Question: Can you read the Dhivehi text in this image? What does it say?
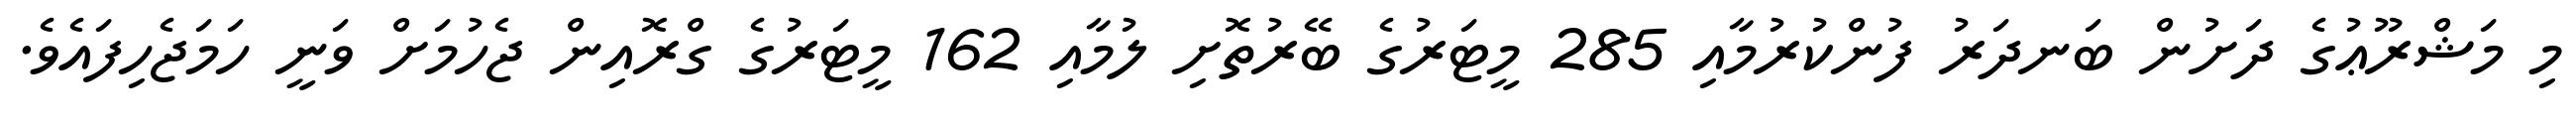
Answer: މި މަޝްރޫޢުގެ ދަށުން ބަނދަރު ފުންކުރުމާއި 285 މީޓަރުގެ ބޭރުތޮށި ލުމާއި 162 މީޓަރުގެ ގްރޮއިން ޖެހުމަށް ވަނީ ހަމަޖެހިފައެވެ.